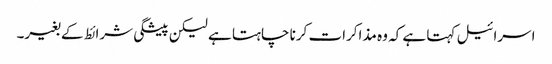
اسرائیل کہتا ہے کہ وہ مذاکرات کرنا چاہتا ہے لیکن پیشگی شرائط کے بغیر۔